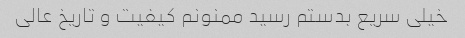
خیلی سریع بدستم رسید ممنونم کیفیت و تاریخ عالی